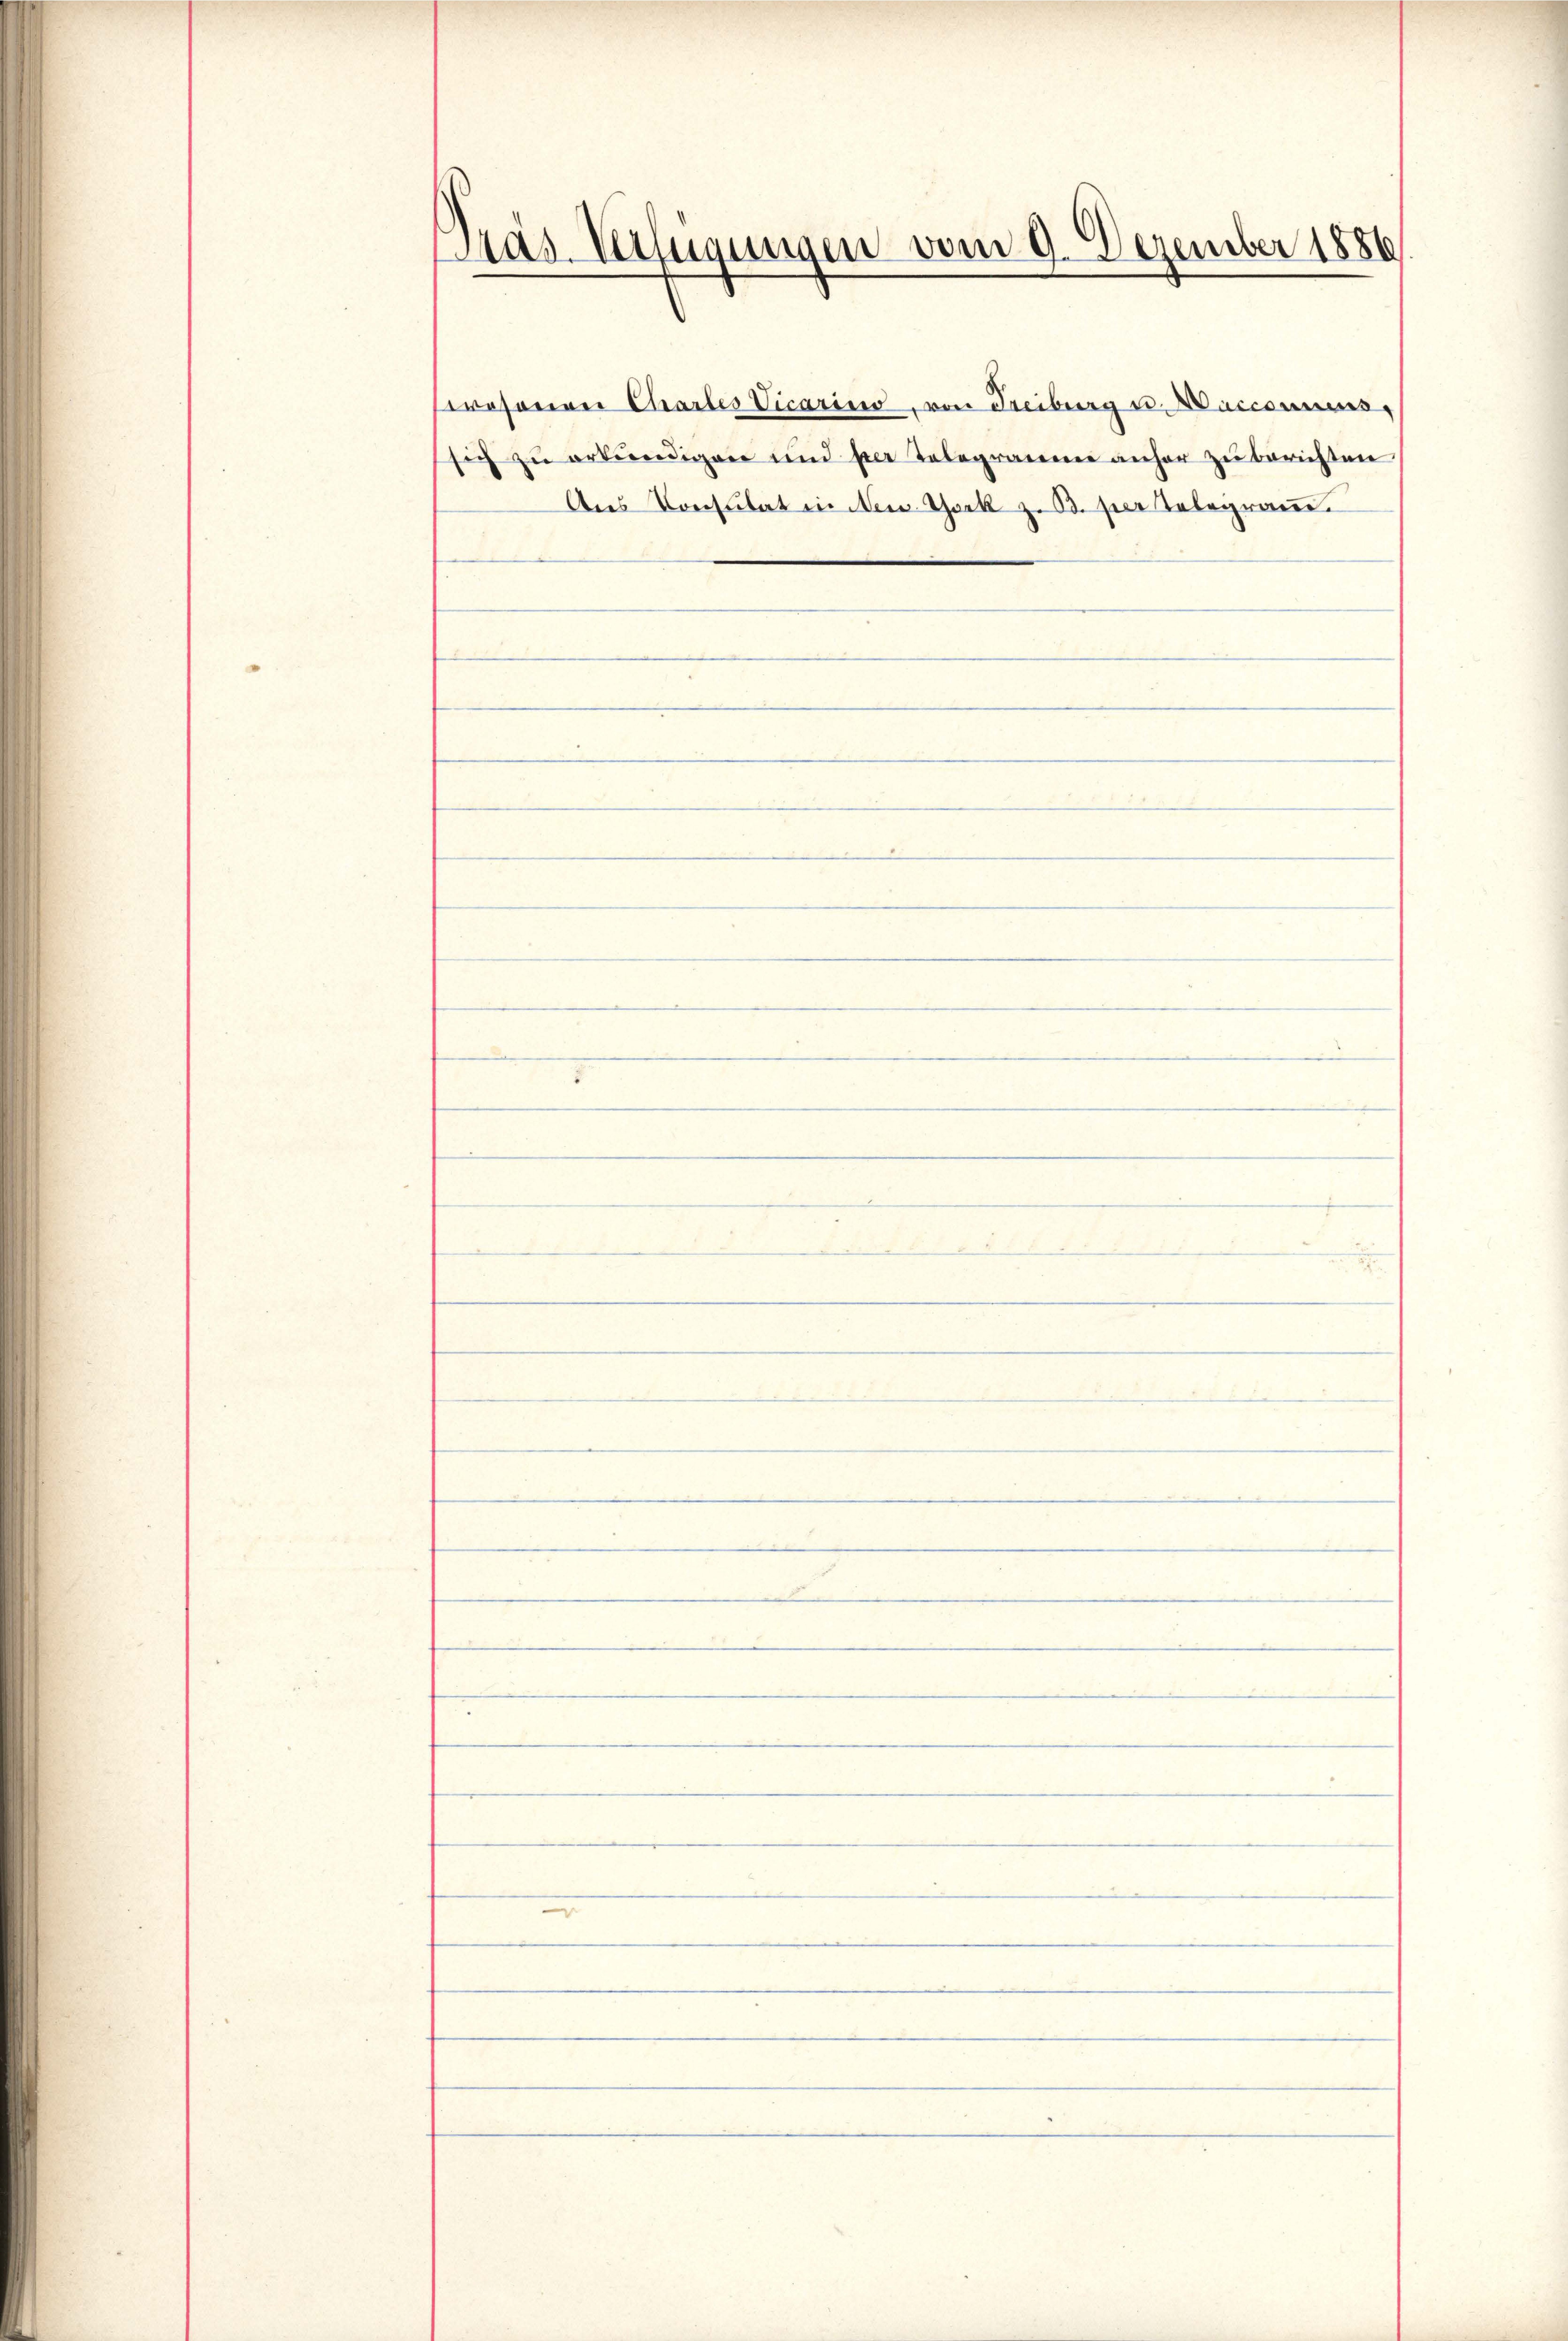
Das Verfügungen vom 9. Dezember 1886
.

rosonen Chartes Vicarius, von Freiburg u. Marcommens
sich zŭ erkŭndigen und per Telegramme anher zŭ berichten
Ans Consulat in New York z. B. per Telegram,

—